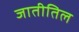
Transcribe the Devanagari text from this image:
जातीतिल